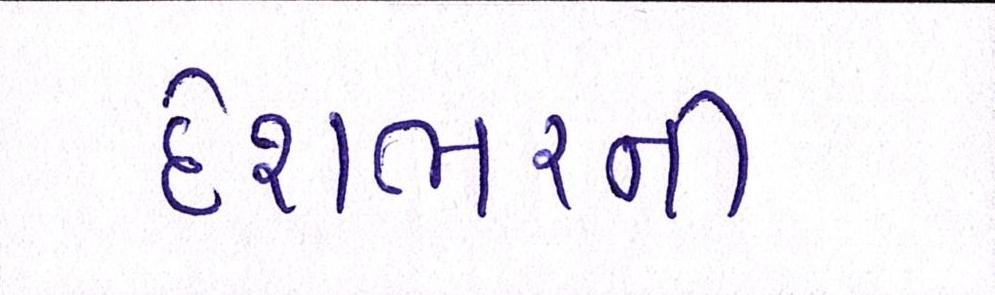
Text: દેશભરની